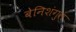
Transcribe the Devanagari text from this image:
बेनिशंगुल